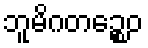
ဘူမိဂတဉ္စေဝ